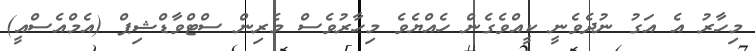
މިހާރު އެ އަގު ނުދެވެނީ ކީއްވެގެން ހެއްޔެވެ މިހާރުވެސް މެރިން ސްޓްވާޑްޝިޕް (އެމްއެސްއީ)